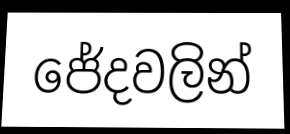
ජේදවලින්